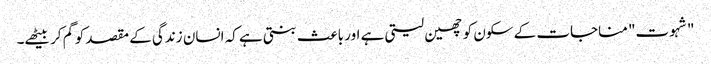
"شہوت" مناجات کے سکون کو چھین لیتی ہے اور باعث بنتی ہے کہ انسان زندگی کے مقصد کو گم کر بیٹھے۔